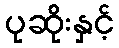
ပုဆိုးနှင့်